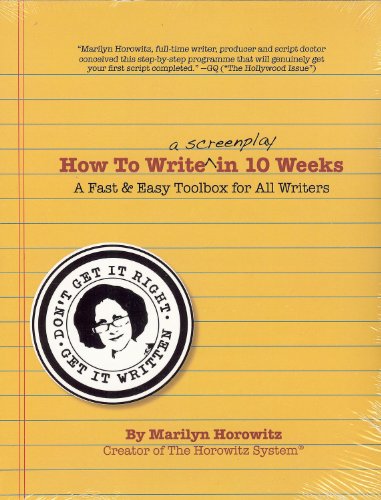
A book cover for How to Write a Screenplay in 10 Weeks: A Fast & Easy Toolbox for All Writers; Marilyn Horowitz; Humor & Entertainment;